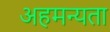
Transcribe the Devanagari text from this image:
अहमन्यता